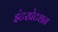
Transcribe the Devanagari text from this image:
इंटरप्रेटशन